Indian journal of veterinary science and animal husbandry - Volume 3,
Year: 1933
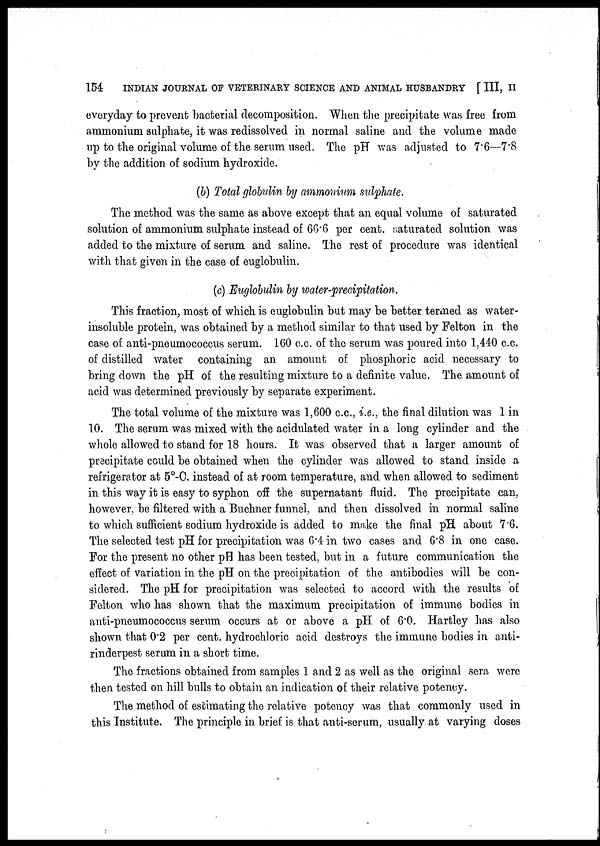
154
INDIAN JOURNAL OF VETERINARY SCIENCE AND ANIMAL HUSBANDRY [ III, II
everyday to prevent bacterial decomposition. When the precipitate was free from
ammonium sulphate, it was redissolved in normal saline and the volume made
up to the original volume of the serum used. The pH was adjusted to 7.6—7.8
by the addition of sodium hydroxide.
(b) Total globulin by ammonium sulphate.
The method was the same as above except that an equal volume of saturated
solution of ammonium sulphate instead of 66.6 per cent. saturated solution was
added to the mixture of serum and saline. The rest of procedure was identical
with that given in the case of euglobulin.
(c) Euglobulin by water-precipitation.
This fraction, most of which is euglobulin but may be better termed as water-
insoluble protein, was obtained by a method similar to that used by Felton in the
case of anti-pneumococcus serum. 160 c.c. of the serum was poured into 1,440 c.c.
of distilled water containing an amount of phosphoric acid necessary to
bring down the pH of the resulting mixture to a definite value. The amount of
acid was determined previously by separate experiment.
The total volume of the mixture was 1,600 c.c., i.e., the final dilution was 1 in
10. The serum was mixed with the acidulated water in a long cylinder and the
whole allowed to stand for 18 hours. It was observed that a larger amount of
precipitate could be obtained when the cylinder was allowed to stand inside a
refrigerator at 5°-C. instead of at room temperature, and when allowed to sediment
in this way it is easy to syphon off the supernatant fluid. The precipitate can,
however, be filtered with a Buchner funnel, and then dissolved in normal saline
to which sufficient sodium hydroxide is added to make the final pH about 7.6.
The selected test pH for precipitation was 6.4 in two cases and 6.8 in one case.
For the present no other pH has been tested, but in a future communication the
effect of variation in the pH on the precipitation of the antibodies will be con-
sidered. The pH for precipitation was selected to accord with the results of
Felton who has shown that the maximum precipitation of immune bodies in
anti-pneumococcus serum occurs at or above a pH of 6.0. Hartley has also
shown that 0.2 per cent. hydrochloric acid destroys the immune bodies in anti-
rinderpest serum in a short time.
The fractions obtained from samples 1 and 2 as well as the original sera were
then tested on hill bulls to obtain an indication of their relative potency.
The method of estimating the relative potency was that commonly used in
this Institute. The principle in brief is that anti-serum, usually at varying doses